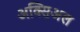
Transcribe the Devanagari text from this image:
अक्सिअल